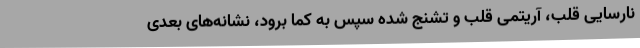
نارسایی قلب، آریتمی قلب و تشنج شده سپس به کما برود، نشانه‌های بعدی